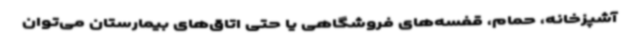
آشپزخانه، حمام، قفسه‌های فروشگاهی یا حتی اتاق‌های بیمارستان می‌توان